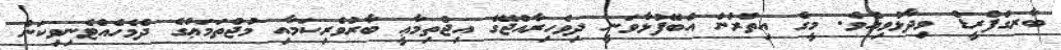
ބާރގްފްރީޑް ވިދާޅުވިއެވެ. މީގެ އިތުރުން އެބޭފުޅާވަނީ ދިވެހިރާއްޖޭގެ އިޖްތިމާޢީ ބާރުވެރިކަމާއި މުޖްތަމަޢުގެ ދެމެހެއްޓެނިވިކަން